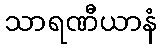
သာရဏီယာနံ